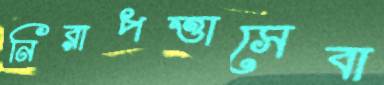
নিরাপত্তাসেবা